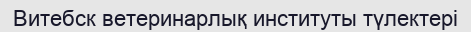
Витебск ветеринарлық институты түлектері